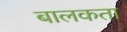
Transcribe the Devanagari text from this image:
बालकता